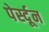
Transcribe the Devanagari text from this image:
पेर्स्दून